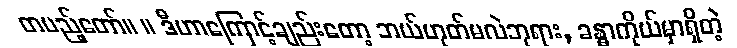
တပည့်တော်။ ။ ဒီဟာကြောင့်ချည်းတော့ ဘယ်ဟုတ်မလဲဘုရား, ခန္ဓာကိုယ်မှာရှိတဲ့